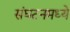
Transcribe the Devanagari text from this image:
संघटनमध्ये